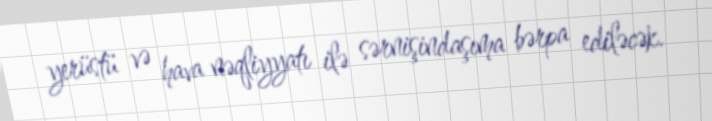
yerüstü və hava nəqliyyatı ilə sərnişindaşıma bərpa ediləcək.